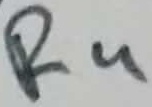
Text: R4